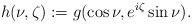
LaTeX: \begin{align*}h(\nu,\zeta) := g(\cos \nu, e^{i\zeta} \sin \nu).\end{align*}